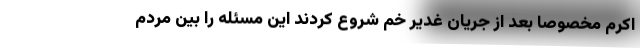
اکرم مخصوصاً بعد از جریان غدیر خم شروع کردند این مسئله را بین مردم